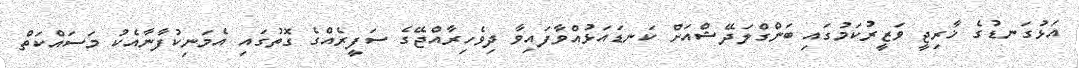
އަޅުގަނޑުގެ ޚާރިޖީ ވަޒީރުކަމުގައި ބަންގްލަދޭޝްއަށް ކަނޑައަޅުއްވާފައިވާ ދިވެހިރާއްޖޭގެ ސަފީރެއްގެ ގޮތުގައި އެމަނިކުފާނާއެކު މަސައްކަތް